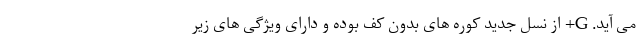
می آید. G+ از نسل جدید کوره های بدون کف بوده و دارای ویژگی های زیر